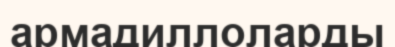
армадиллоларды